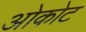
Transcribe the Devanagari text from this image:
ओकोट